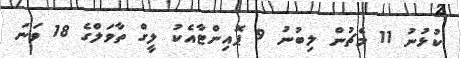
ކުޅުނު 11 މެޗުން ލިބުނު 9 ޕޮއިންޓާއެކު ލީގް ތާވަލްގެ 18 ވަނަ